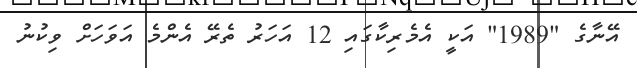
އޭނާގެ "1989" އަކީ އެމެރިކާގައި 12 އަހަރު ތެރޭ އެންމެ އަވަހަށް ވިކުނު